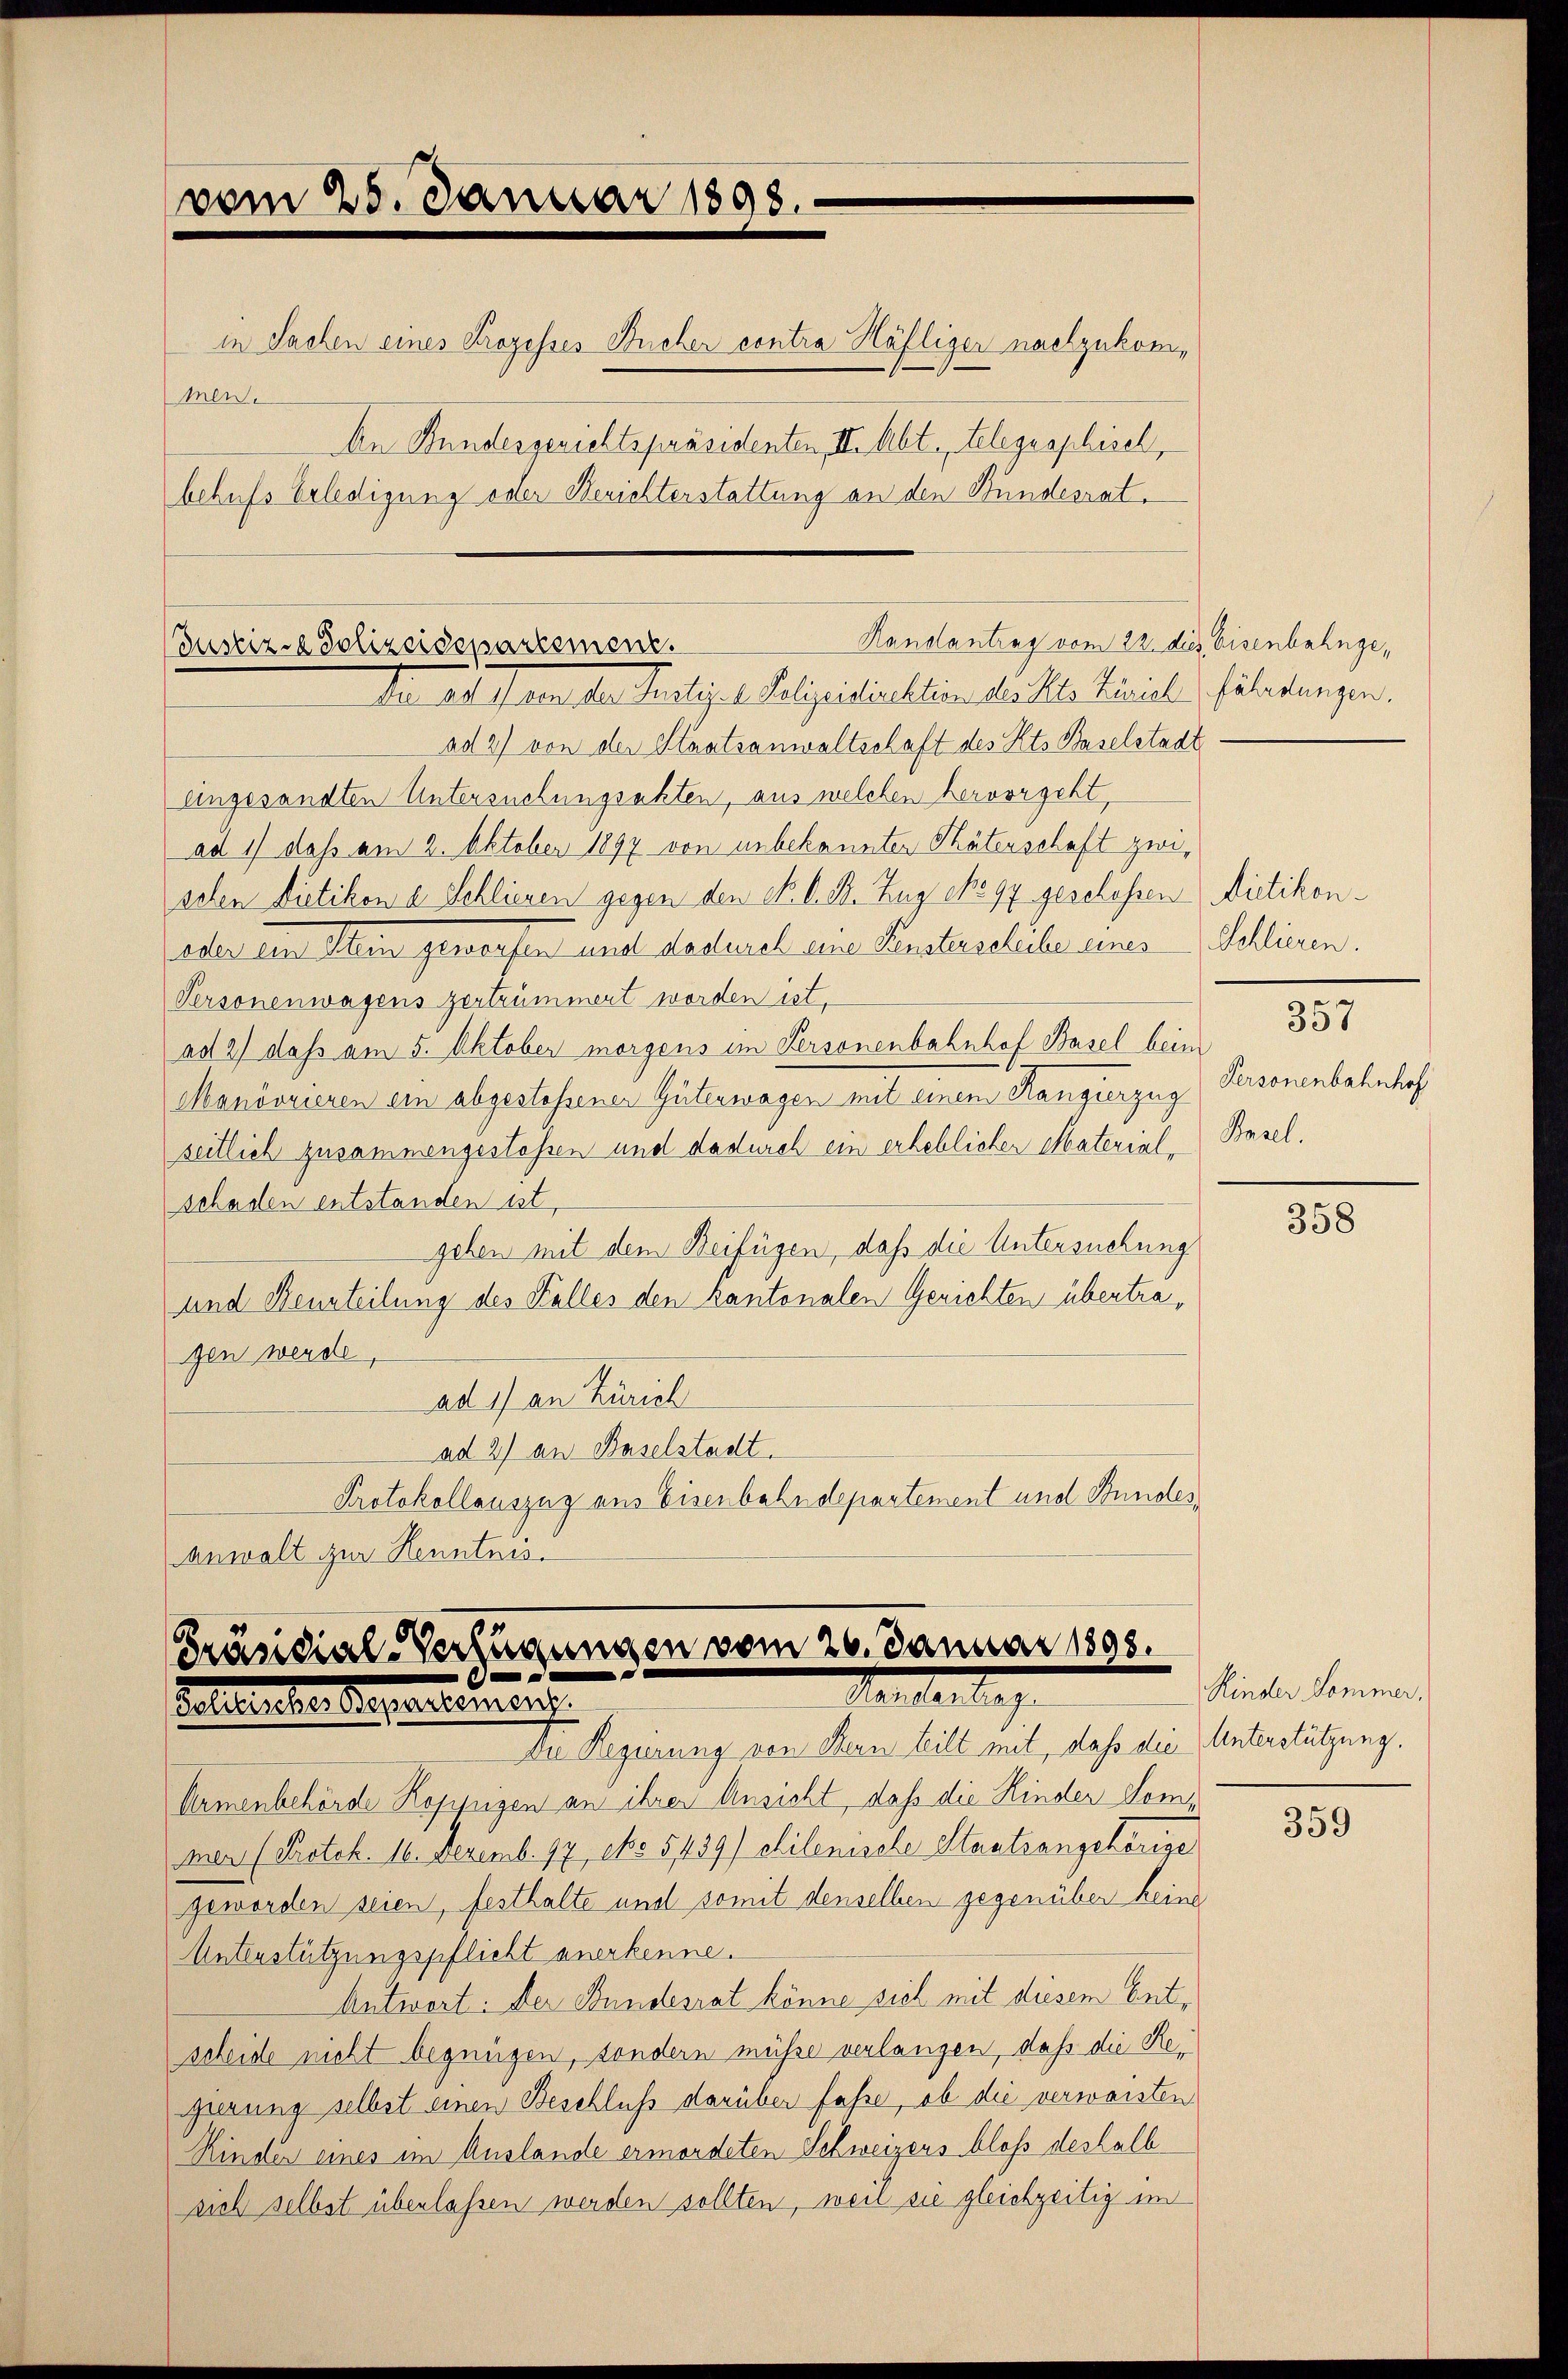
vom 25. Januar 1898.
in Sachen eines Prozesses Sicher contra Häfliger nachzukommen.
An Bundesgerichtspräsidenten, II. Abt. Telegraphisel,
behufs Erledigung oster Berichterstattung an den Bundesrat

ad 2) von der Staatsanwaltschaft des Kts Baselstadt
angesandten Untersuchungsakten, aus welchen hervorgeht,
ad 1) dass am 2. Oktober 1897 von unbekannten Thäterschaft zwischen Dietikon a Schlieren gegen den N. l. B. Zug 1897 geschossen
edes dem Allein geworfen und dadurch eine Kantaschicken uns
Personenwagens zertrümmert worden ist.
ad 2) dass am 5. Oktober morgens im Personenbahnhof Basel bei
Manövrieren ein abgestehener Güterwagen mit einem Rangierzug
seitlich zusammengestoßen und dadurch ein erheblicher Materialschaden entstanden ist,
gehen mit dem Beifügen, daß die Untersuchung
und Beurteilung des Felles den kantonalen Gerichten übertragen werde,
ad 1) an Zürich
ad 2) an Baselstadt.
Protokollauszug aus Eisenbahndepartement und Stundes,
anwalt zur Kenntnis.

Randantrag vom 22. dies Eisenbahnge¬
Justizse Polizeidepartement.
Der ad fern der Kaliget. Polizeistinktion der kl. Marieli filigungen.

Präsidial-Verfügungen vom 26. Januar 1898.
Tanten lag
Eheleuten diesenten auf

Dietikon.
Schlieren.
Personenbahnhof
Basel.

egierung von denen heilt mit, dache die Unterletzung.
Armenbehörde Koppigen an ihrer Ansicht, daß die Kinder Sommer (Protok. 10. Dezemb. 97 dto 5139) chilenische Staatsangehörige
geworden seien, festhalte und somit denselben gegenüber keine
Unterstützungspflicht anerkenne.
Antwort: Der Bundesrat könne sich mit diesem Entscheide nicht begnügen, sondern müsse verlangen, daß die Regierung selbst einen Beschluß darüber fasse, ob die verwaisten
Rinder eines im Auslande ermordeten Schweizens bloß deshalb
sich selbst überlassen werden sollten, weil sie gleichzeitig im

358

Kinder Lommer.

359